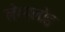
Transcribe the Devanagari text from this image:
लेम्पलोइ